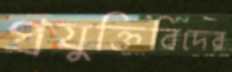
প্রযুক্তিবিদের